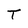
Character: T